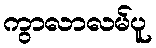
ကွာလာလမ်ပူ